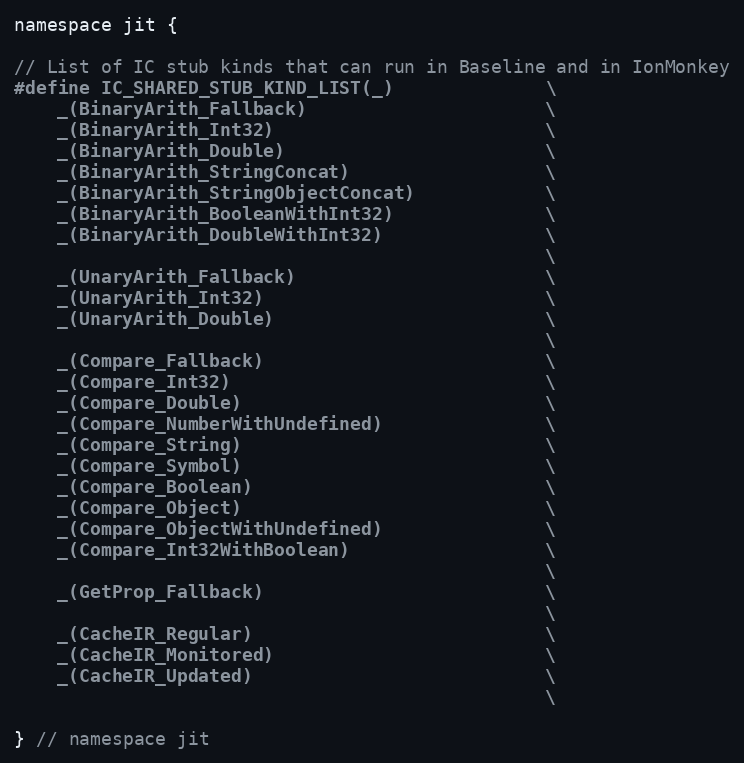
Language: C
namespace jit {

// List of IC stub kinds that can run in Baseline and in IonMonkey
#define IC_SHARED_STUB_KIND_LIST(_)              \
    _(BinaryArith_Fallback)                      \
    _(BinaryArith_Int32)                         \
    _(BinaryArith_Double)                        \
    _(BinaryArith_StringConcat)                  \
    _(BinaryArith_StringObjectConcat)            \
    _(BinaryArith_BooleanWithInt32)              \
    _(BinaryArith_DoubleWithInt32)               \
                                                 \
    _(UnaryArith_Fallback)                       \
    _(UnaryArith_Int32)                          \
    _(UnaryArith_Double)                         \
                                                 \
    _(Compare_Fallback)                          \
    _(Compare_Int32)                             \
    _(Compare_Double)                            \
    _(Compare_NumberWithUndefined)               \
    _(Compare_String)                            \
    _(Compare_Symbol)                            \
    _(Compare_Boolean)                           \
    _(Compare_Object)                            \
    _(Compare_ObjectWithUndefined)               \
    _(Compare_Int32WithBoolean)                  \
                                                 \
    _(GetProp_Fallback)                          \
                                                 \
    _(CacheIR_Regular)                           \
    _(CacheIR_Monitored)                         \
    _(CacheIR_Updated)                           \
                                                 \

} // namespace jit